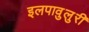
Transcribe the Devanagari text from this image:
इलपावुलुरी